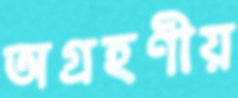
অগ্রহণীয়